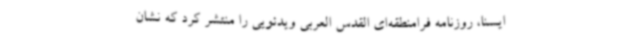
ایسنا، روزنامه فرامنطقه‌ای القدس العربی ویدئویی را منتشر کرد که نشان